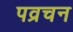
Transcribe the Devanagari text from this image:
पव्रचन